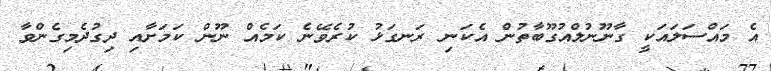
އެ މައްސަލައަކީ ގާނޫނުލްއުގޫބާތުން އެކަނި ރަނގަޅު ކުރެވޭނެ ކަމެއް ނޫން ކަމަށާއި ދިގުދެމިގެންވާ